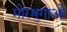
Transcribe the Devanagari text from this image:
मोरमुगाओ